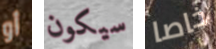
أو سيكون خاصا